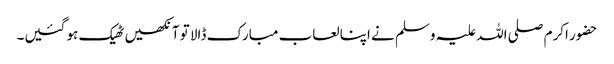
حضور اکرم صلی اللہ علیہ وسلم نے اپنا لعاب مبارک ڈالا تو آنکھیں ٹھیک ہو گئیں۔